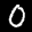
Label: 0